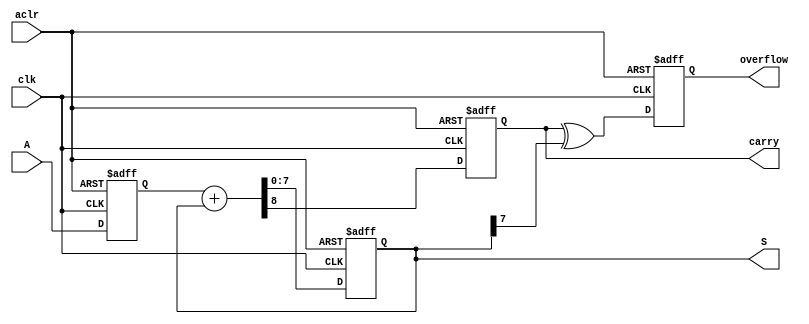
module accumulator_N_bits_assign #(parameter N=8)
	(input clk,aclr,
	input [N-1:0] A,
	output reg [N-1:0] S,
	output reg overflow,carry);	
	
	reg [N-1:0] B;
	
	always @(posedge clk, posedge aclr)
		if (aclr)
			B <= {N{1'b0}};
      else
			B <= A;
   always @(posedge clk, posedge aclr)
      if (aclr)
			{carry,S} <= {(N+1){1'b0}};
      else
			{carry,S} <= B + S;
   always @(posedge clk, posedge aclr)
      if (aclr)
			overflow = 1'b0;
      else
			overflow = carry ^ S[N-1];
	
endmodule